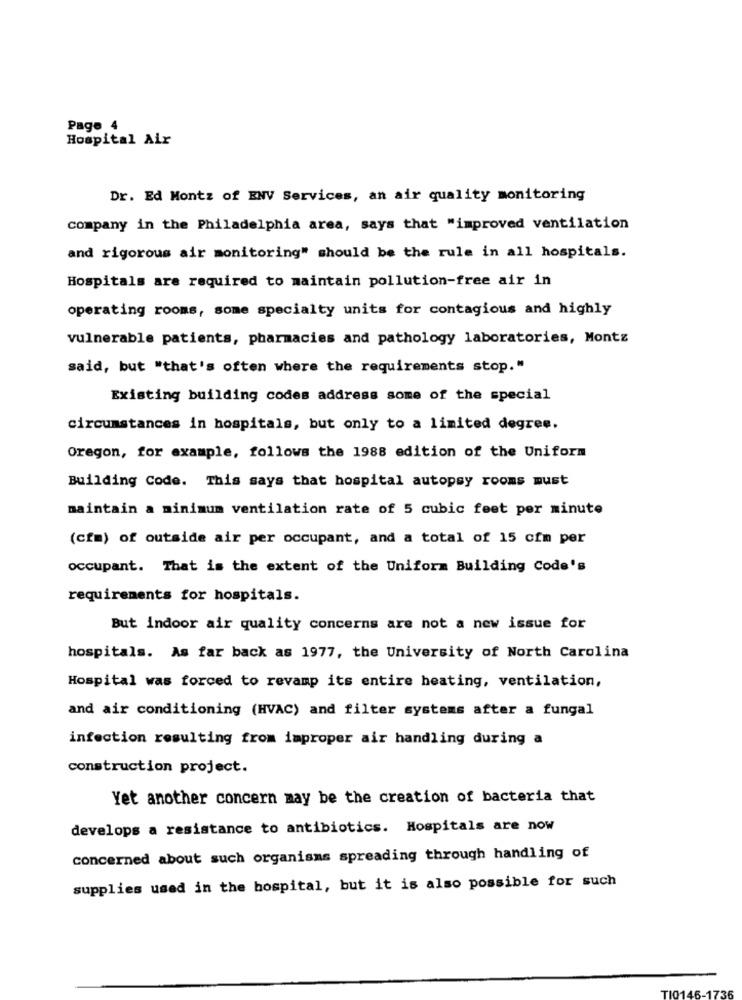
Page 4
Hospital Air
Dr. Ed Montz of ENV Services, an air quality monitoring
company in the Philadelphia area, says that "improved ventilation
and rigorous air monitoring" should be the rule in all hospitals.
Hospitals are required to maintain pollution-free air in
operating rooms, some specialty units for contagious and highly
vulnerable patients, pharmacies and pathology laboratories, Montz
said, but "that's often where the requirements stop."
Existing building codes address some of the special
circumstances in hospitals, but only to a limited degree.
Oregon, for example, follows the 1988 edition of the Uniform
Building Code. This says that hospital autopsy rooms must
maintain a minimum ventilation rate of 5 cubic feet per minute
(cfm) of outside air per occupant, and a total of 15 cfm per
occupant. That is the extent of the Uniform Building Code's
requirements for hospitals.
But indoor air quality concerns are not a new issue for
hospitals. As far back as 1977, the University of North Carolina
Hospital was forced to revamp its entire heating, ventilation,
and air conditioning (HVAC) and filter systems after a fungal
infection resulting from improper air handling during a
construction project.
Yet another concern may be the creation of bacteria that
develops a resistance to antibiotics. Hospitals are now
concerned about such organisms spreading through handling of
supplies used in the hospital, but it is also possible for such